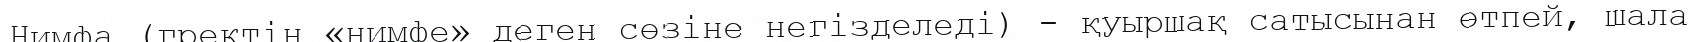
Нимфа (гректің «нимфе» деген сөзіне негізделеді) - қуыршақ сатысынан өтпей, шала